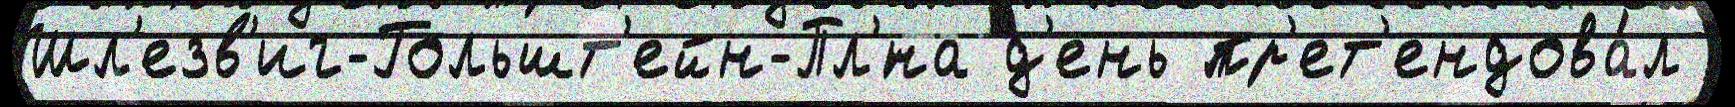
Шл'езв'иг-Гольшт'ейн-Пл'́на д'ень пр'ет'ендова́л